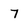
Character: 7